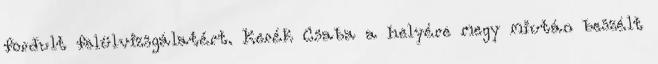
fordult felülvizsgálatért. Kerék Csaba a helyére megy miután beszélt